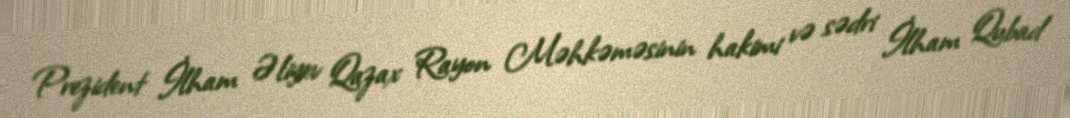
Prezident İlham Əliyev Qazax Rayon Məhkəməsinin hakimi və sədri İlham Qubad